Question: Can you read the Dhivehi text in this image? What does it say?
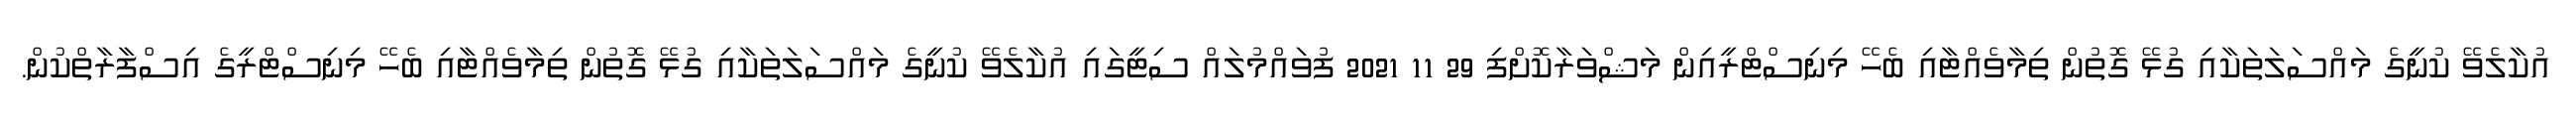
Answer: އުކާލެވޭ ކުނީގެ މައްސަލަތަކާއި ގުޅޭ ގޮތުން ތިމާވެއްޓާއި ބެހޭ މިނިސްޓްރީއިން މަޝްވަރާކޮށްފި 29 11 2021 ފުވައްމުލައް ސިޓީގައި އުކާލެވޭ ކުނީގެ މައްސަލަތަކާއި ގުޅޭ ގޮތުން ތިމާވެއްޓާއި ބެހޭ މިނިސްޓްރީގެ އިސްފާރާތްކުން.